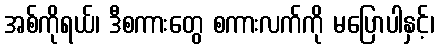
အစ်ကိုရယ်၊ ဒီစကားတွေ စကားလက်ကို မပြောပါနှင့်၊